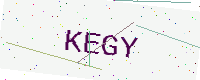
Text: KEGY